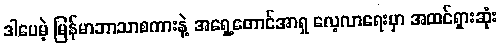
ဒါပေမဲ့ မြန်မာဘာသာစကားနဲ့ အရှေ့တောင်အာရှ လေ့လာရေးမှာ အထင်ရှားဆုံး